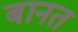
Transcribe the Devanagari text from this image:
बानत